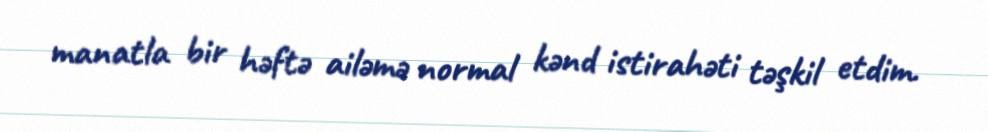
manatla bir həftə ailəmə normal kənd istirahəti təşkil etdim.